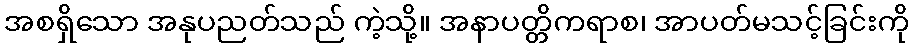
အစရှိသော အနုပညတ်သည် ကဲ့သို့။ အနာပတ္တိကရာစ၊ အာပတ်မသင့်ခြင်းကို